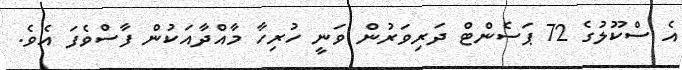
އެ ސްކޫލުގެ 72 ޕަސެންޓް ދަރިވަރުން ވަނީ ހުރިހާ މާއްދާއަކުން ފާސްވެފަ އެވެ.